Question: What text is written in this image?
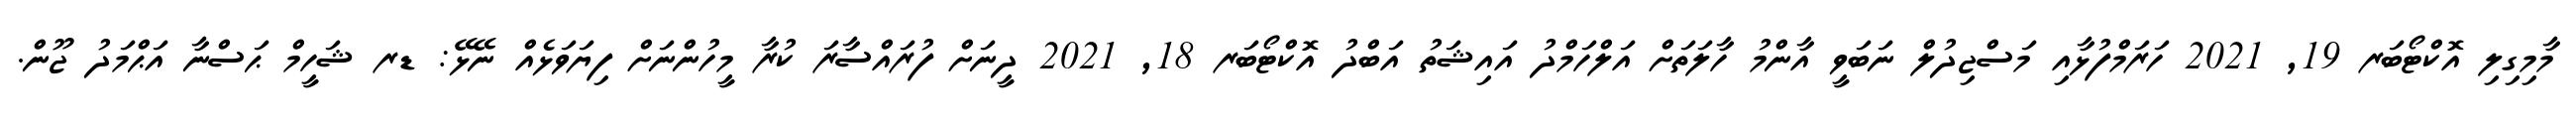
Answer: މާމިގިލި އޮކްޓޯބަރ 19, 2021 ހަރަމްފުޅާއި މަސްޖިދުލް ނަބަވީ އާންމު ހާލަތަށް އަލްހަމްދު އައިޝަތު އަބްދު އޮކްޓޯބަރ 18, 2021 ދީނަށް ފުރައްސާރަ ކުރާ މީހުންނަށް ފިޔަވަޅެއް ނޭޅޭ: ޑރ ޝަހީމް ޙަސްނާ އަޙްމަދު ޖޫން.